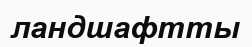
ландшафтты